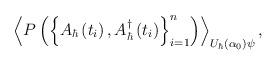
LaTeX: \begin{align*}\left\langle P\left( \left\{ A_{\hbar}\left( t_{i}\right) ,A_{\hbar}^{\dag}\left( t_{i}\right) \right\} _{i=1}^{n}\right) \right\rangle_{U_{\hbar}\left( \alpha_{0}\right) \psi}, \end{align*}